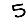
Digit: 5